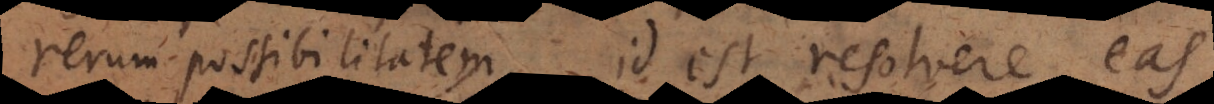
rerum possibilitatem, id est resolvere eas